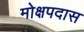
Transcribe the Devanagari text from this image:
मोक्षपदास